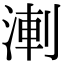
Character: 𭱆